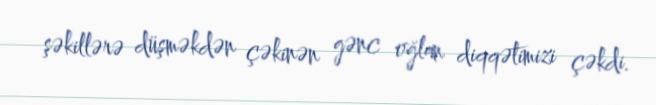
şəkillərə düşməkdən çəkinən gənc oğlan diqqətimizi çəkdi.